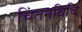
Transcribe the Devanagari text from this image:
चिंतनविधि